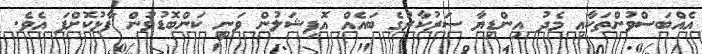
އެއްބަސްވުންތަކާއި މެދު އިންޑިޔާ ސަރުކާރުގެ ބައެއް އޮފިޝަލުން ވަނީ ކަންބޮޑުވުން ފާޅުކޮށްފަ އެވެ.